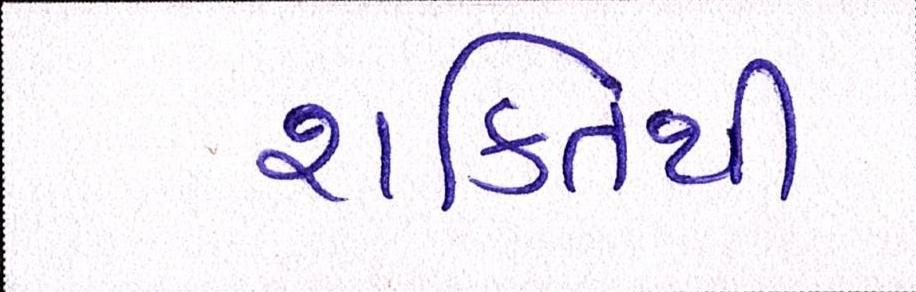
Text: શક્તિથી